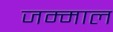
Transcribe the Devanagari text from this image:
जम्माल